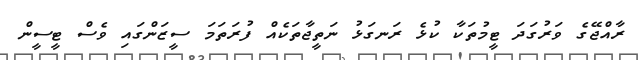
ރާއްޖޭގެ ވަރުގަދަ ޓީމުތަކާ ކުޅެ ރަނގަޅު ނަތީޖާތަކެއް ފުރަތަމަ ސީޒަންގައި ވެސް ޓީސީން